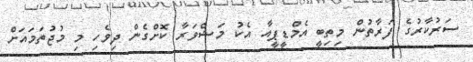
ސަރުކާރުގެ ފަރާތުން މިތިބީ އެމްޑީޕީއާ އެކު މަޝްވަރާ ކޮށްގެން ދިވެހި މި މުޖުތަމައަށް